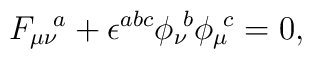
{F_{\mu\nu}}\!^a + \epsilon^{abc} {\phi_\nu}\!^b {\phi_\mu}\!^c = 0  ,